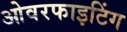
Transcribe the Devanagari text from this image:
ओवरफाइटिंग